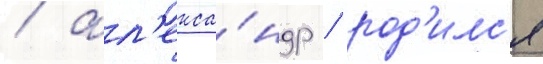
/ ал'екса́ндр / род'илс'я